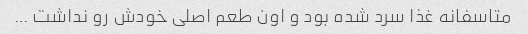
متاسفانه غذا سرد شده بود و اون طعم اصلی خودش رو نداشت …